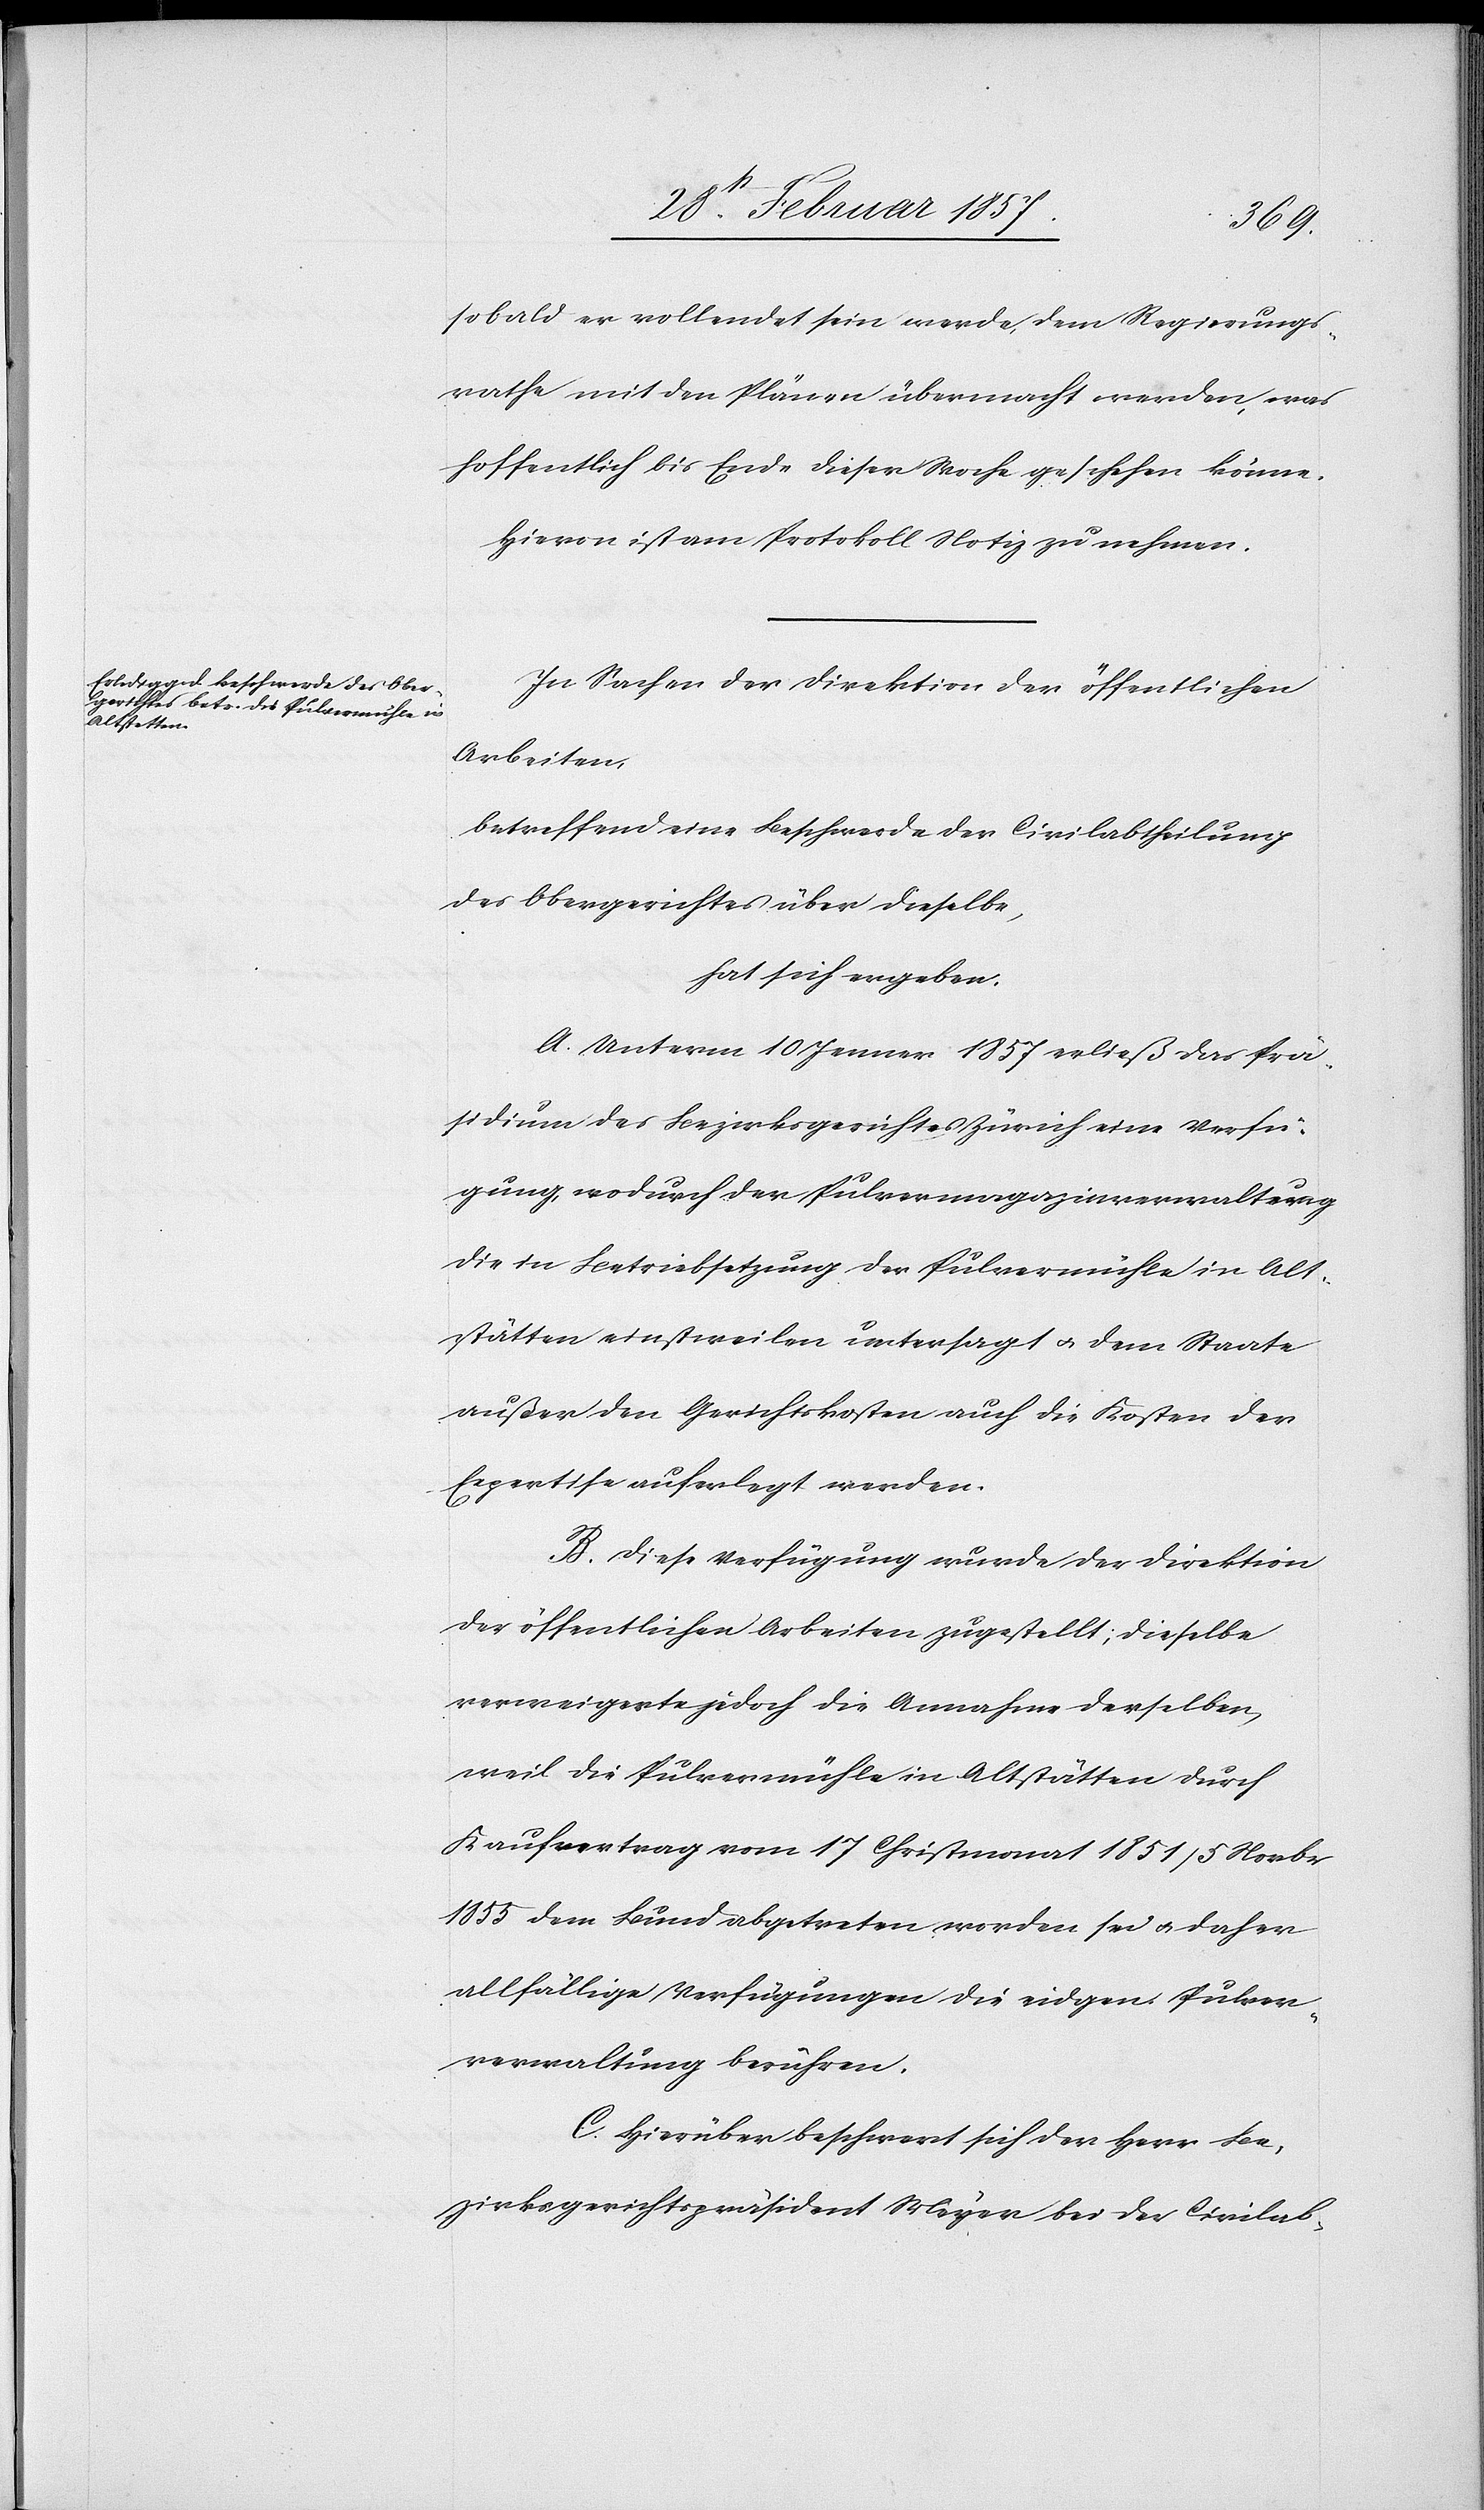
sobald er vollendet sein werde, dem Regierungs¬
rathe mit den Plänen übermacht werden, was
hoffentlich bis Ende dieser Woche geschehen könne.
Hievon ist am Protokoll Notiz zu nehmen
In Sachen der Direktion der öffentlichen
Arbeiten
betreffend eine Beschwerde der Civilabtheilung
des Obergerichtes über dieselbe,
hat sich ergeben:
A. Unterm 10 Jenner 1857 erließ das Prä¬
sidium des Bezirksgerichtes Zürich eine Verfü¬
gung, wodurch der Pulvermagazinverwalter
die in Betriebsetzung der Pulvermühle in Alt¬
stätten einstweilen untersagt u. dem Staate
außer den Gerichtskosten auch die Kosten der
Expertise auferlegt werden.
B. Diese Verfügung wurde der Direktion
der öffentlichen Arbeiten zugestellt; dieselbe
verweigerte jedoch die Annahme derselben,
weil die Pulvermühle in Altstätten durch
Kaufvertrag vom 17 Christmonat 1851/5 Novbr
allfällige Verfügungen die eidgen. Pulver¬
verwaltung berühren.
C. Hierüber beschwert sich der Herr Be¬
zirksgerichtspräsident Meyer bei der Civilab-